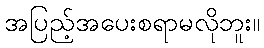
အပြည့်အပေးစရာမလိုဘူး။